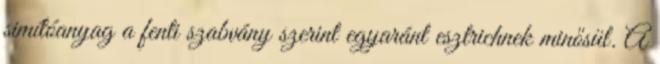
simítóanyag a fenti szabvány szerint egyaránt esztrichnek minősül. A